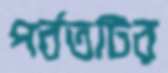
পর্বতটির